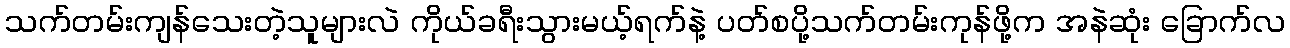
သက်တမ်းကျန်သေးတဲ့သူများလဲ ကိုယ်ခရီးသွားမယ့်ရက်နဲ့ ပတ်စပို့သက်တမ်းကုန်ဖို့က အနဲဆုံး ခြောက်လ